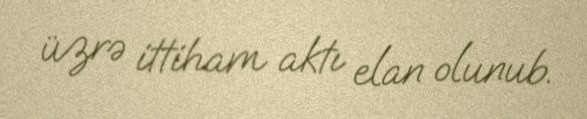
üzrə ittiham aktı elan olunub.